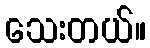
သေးတယ်။